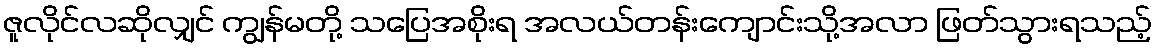
ဇူလိုင်လဆိုလျှင် ကျွန်မတို့ သပြေအစိုးရ အလယ်တန်းကျောင်းသို့အလာ ဖြတ်သွားရသည့်